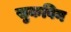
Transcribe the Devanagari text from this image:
सुकविन